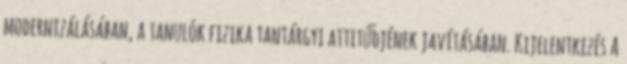
modernizálásában, a tanulók fizika tantárgyi attitűdjének javításában. Kijelentkezés A